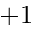
+ 1